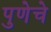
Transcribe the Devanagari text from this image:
पुणेचे